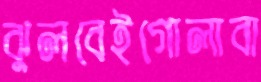
ঝুলবেইগোলাবা